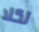
لكلا